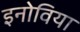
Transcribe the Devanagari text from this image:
इनोविया